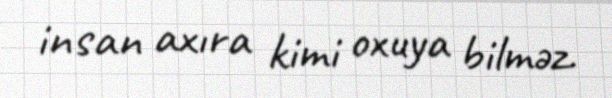
insan axıra kimi oxuya bilməz.